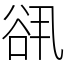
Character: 谻